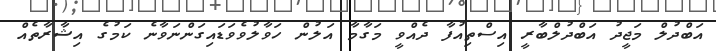
އަބްދުލް މަޖީދު އަބްދުލްބާރީ އިސްތިއުފާ ދެއްވީ މަގާމާ އަލުން ހަވާލުވެވަޑައިގަންނަވާނެ ކަމުގެ އިޝާރާތެއް